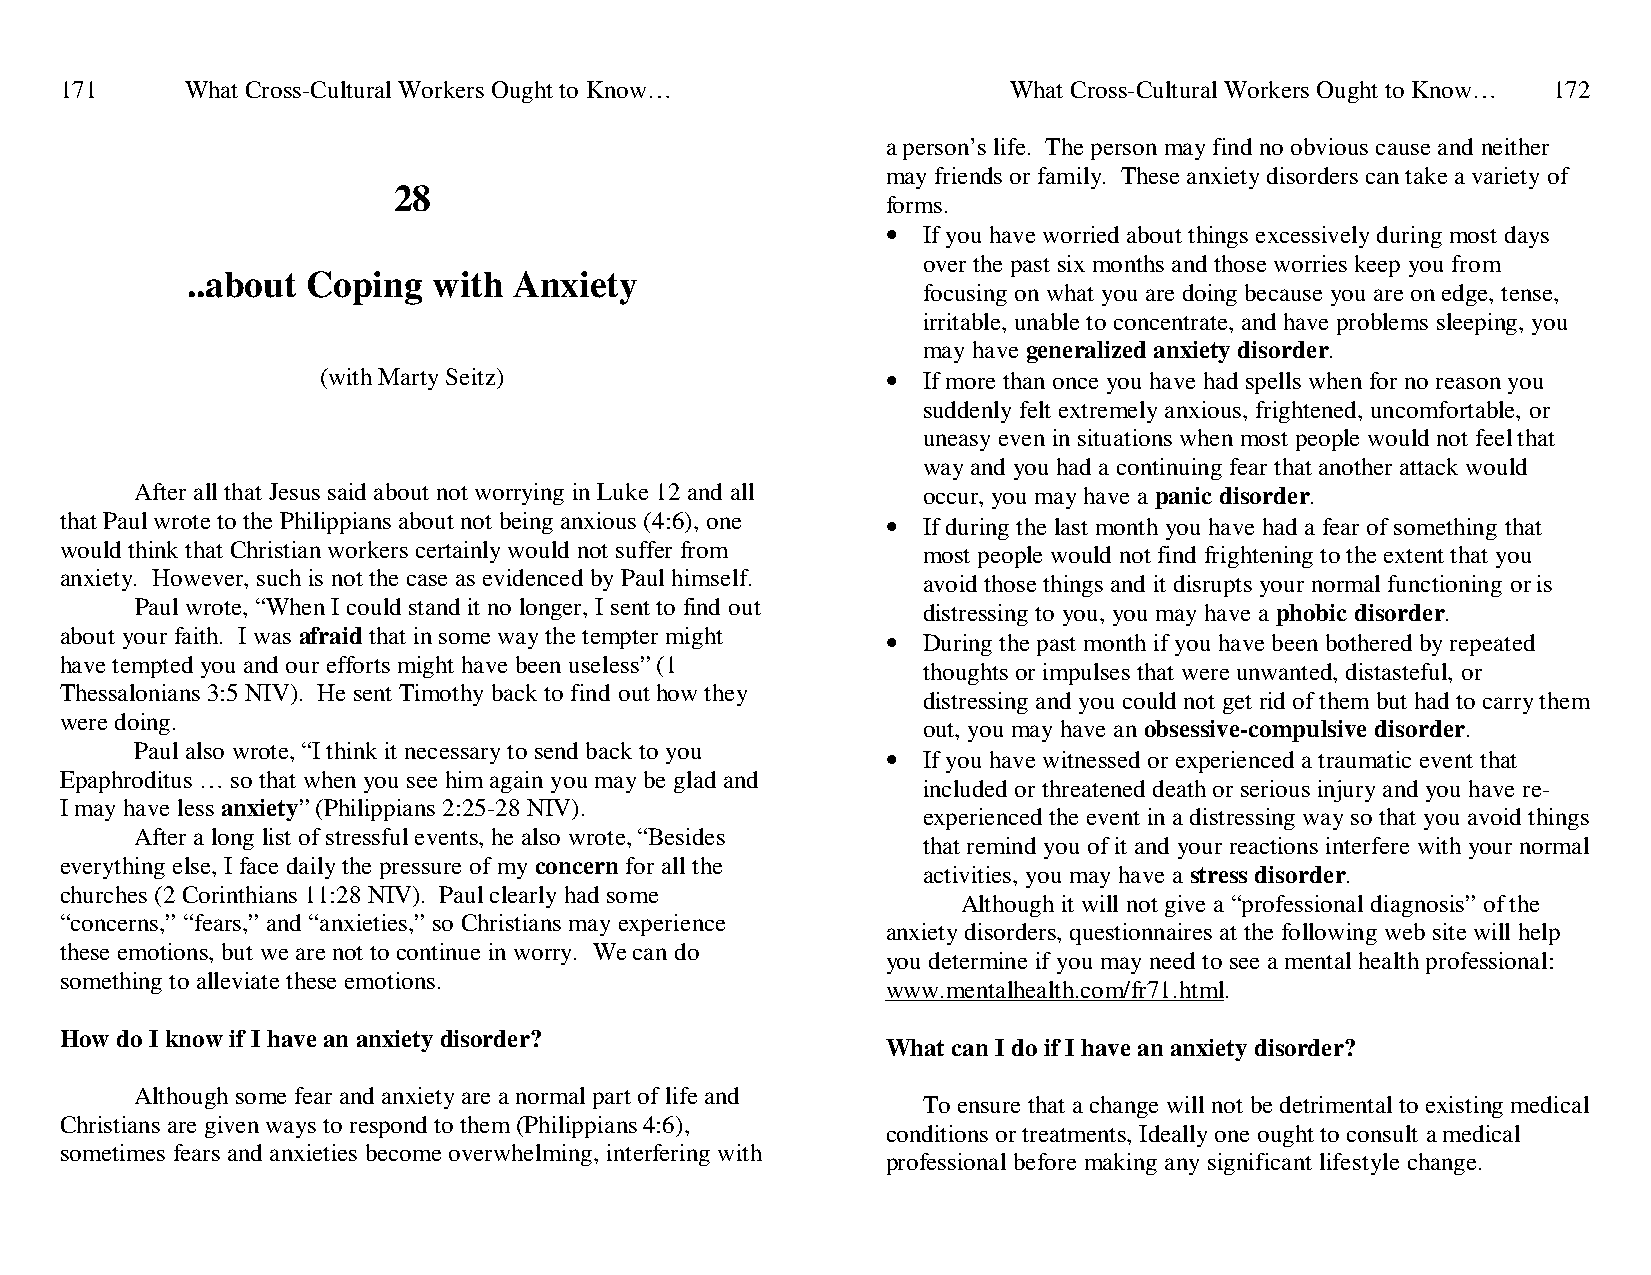
171     What Cross-Cultural Workers Ought to Know…             What Cross-Cultural Workers Ought to Know… 172
 a person’s life. The person may find no obvious cause and neither
 may friends or family. These anxiety disorders can take a variety of
 28
 forms.
 • If you have worried about things excessively during most days
 over the past six months and those worries keep you from
 ..about Coping   with Anxiety
 focusing on what you are doing because you are on edge, tense,
 irritable, unable to concentrate, and have problems sleeping, you
 may have generalized anxiety disorder.
 (with Marty Seitz)                    • If more than once you have had spells when for no reason you
 suddenly felt extremely anxious, frightened, uncomfortable, or
 uneasy even in situations when most people would not feel that
 way and you had a continuing fear that another attack would
 After all that Jesus said about not worrying in Luke 12 and all occur, you may have a panic disorder.
 that Paul wrote to the Philippians about not being anxious (4:6), one • If during the last month you have had a fear of something that
 would think that Christian workers certainly would not suffer from most people would not find frightening to the extent that you
 anxiety. However, such is not the case as evidenced by Paul himself. avoid those things and it disrupts your normal functioning or is
 Paul wrote, “When I could stand it no longer, I sent to find out distressing to you, you may have a phobic disorder.
 about your faith. I was afraid that in some way the tempter might • During the past month if you have been bothered by repeated
 have tempted you and our efforts might have been useless” (1
 thoughts or impulses that were unwanted, distasteful, or
 Thessalonians 3:5 NIV). He sent Timothy back to find out how they
 distressing and you could not get rid of them but had to carry them
 were doing.
 out, you may have an obsessive-compulsive disorder.
 Paul also wrote, “I think it necessary to send back to you • If you have witnessed or experienced a traumatic event that
 Epaphroditus … so that when you see him again you may be glad and
 included or threatened death or serious injury and you have re-
 I may have less anxiety” (Philippians 2:25-28 NIV).
 experienced the event in a distressing way so that you avoid things
 After a long list of stressful events, he also wrote, “Besides
 that remind you of it and your reactions interfere with your normal
 everything else, I face daily the pressure of my concern for all the
 activities, you may have a stress disorder.
 churches (2 Corinthians 11:28 NIV). Paul clearly had some
 Although it will not give a “professional diagnosis” of the
 “concerns,” “fears,” and “anxieties,” so Christians may experience
 anxiety disorders, questionnaires at the following web site will help
 these emotions, but we are not to continue in worry. We can do
 you determine if you may need to see a mental health professional:
 something to alleviate these emotions.
 www.mentalhealth.com/fr71.html.
 How do I know if I have an anxiety disorder?
 What can I do if I have an anxiety disorder?
 Although some fear and anxiety are a normal part of life and
 To ensure that a change will not be detrimental to existing medical
 Christians are given ways to respond to them (Philippians 4:6),
 conditions or treatments, Ideally one ought to consult a medical
 sometimes fears and anxieties become overwhelming, interfering with
 professional before making any significant lifestyle change.